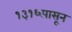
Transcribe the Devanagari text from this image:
१३१६पासून